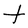
Character: t